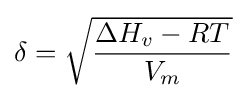
\delta ={\sqrt {\frac {\Delta H_{v}-RT}{V_{m}}}}